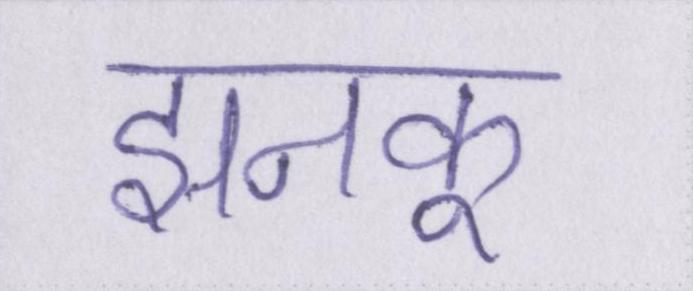
झनकू